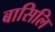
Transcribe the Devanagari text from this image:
बासिलि